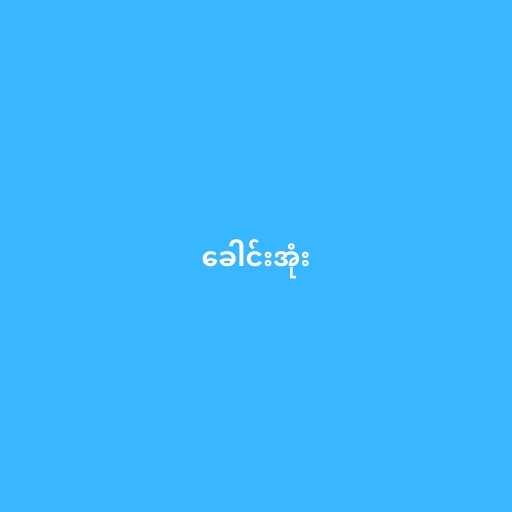
ခေါင်းအုံး